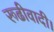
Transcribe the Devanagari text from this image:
रूढीवादी।